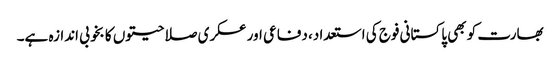
بھارت کو بھی پاکستانی فوج کی استعداد، دفاعی اور عسکری صلاحیتوں کا بخوبی اندازہ ہے۔